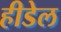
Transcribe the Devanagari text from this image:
हीडेल